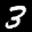
Label: 3